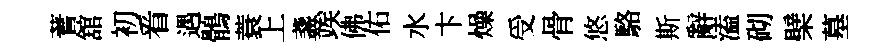
蓍舘初㸔遇鶻蓑上盞竢佛佑水卞燥受骨悠駱斯辭溘砌檗墓